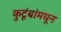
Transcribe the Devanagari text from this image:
कुटूंबांमधून